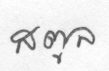
สตูล